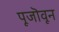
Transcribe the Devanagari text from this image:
पूजॊवून